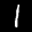
Label: 1